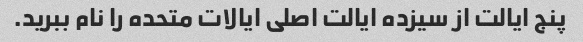
پنج ایالت از سیزده ایالت اصلی ایالات متحده را نام ببرید.